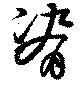
脊